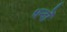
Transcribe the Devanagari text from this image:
धन्दोँ